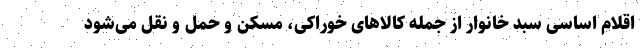
اقلام اساسی سبد خانوار از جمله کالاهای خوراکی، مسکن و حمل و نقل می‌شود